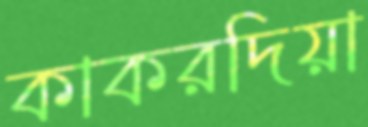
কাকরদিয়া